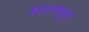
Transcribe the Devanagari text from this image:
धालभूम